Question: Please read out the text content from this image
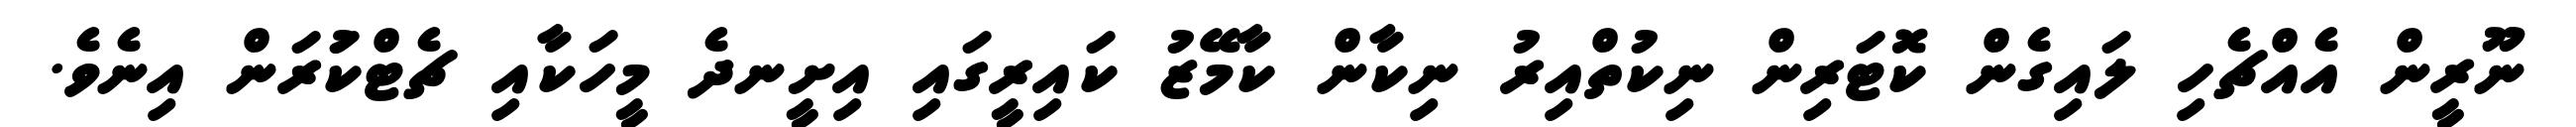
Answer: ނޫރީން އެއްޗެހި ލައިގެން ކޮޓަރިން ނިކުތްއިރު ނިކާން ކާމޭޒު ކައިރީގައި އިށީނދެ މީހަކާއި ޗެޓްކުަރަން އިނެވެ.